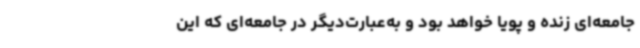
جامعه‌ای زنده و پویا خواهد بود و به‌عبارت‌دیگر در جامعه‌ای که این